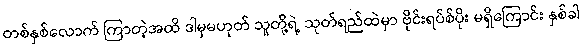
တစ်နှစ်လောက် ကြာတဲ့အထိ ဒါမှမဟုတ် သူတို့ရဲ့ သုတ်ရည်ထဲမှာ ဗိုင်းရပ်စ်ပိုး မရှိကြောင်း နှစ်ခါ